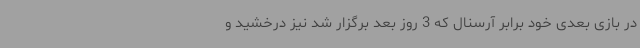
در بازی بعدی خود برابر آرسنال که 3 روز بعد برگزار شد نیز درخشید و